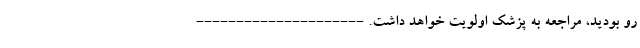
رو بودید، مراجعه به پزشک اولویت خواهد داشت. ---------------------